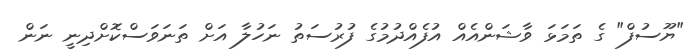
"ޔޫސުފް" ގެ ތަމަޅަ ވާޝަންއެއް އުފެއްދުމުގެ ފުރުސަތު ނަހުލާ އަށް ތަނަވަސްކޮށްދިނީ ނަން